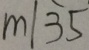
m \vert 3 5